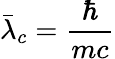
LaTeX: \bar{\lambda}_{c}=\frac{\hbar}{mc}